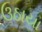
ઉઠાયા